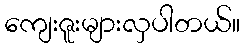
ကျေးဇူးများလှပါတယ်။